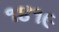
૧૪૧૯